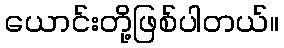
ယောင်းတို့ဖြစ်ပါတယ်။